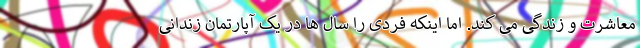
معاشرت و زندگی می کند. اما اینکه فردی را سال ها در یک آپارتمان زندانی